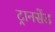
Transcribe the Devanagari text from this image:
ट्रानसेंड